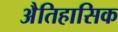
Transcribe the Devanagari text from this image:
अैतिहासिक